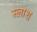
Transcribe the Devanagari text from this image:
स्लाश